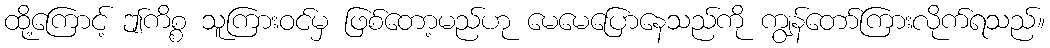
ထို့ကြောင့် ဤကိစ္စ သူကြားဝင်မှ ဖြစ်တော့မည်ဟု မေမေပြောနေသည်ကို ကျွန်တော်ကြားလိုက်ရသည်။